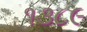
૧૩૮૯